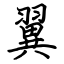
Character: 翼